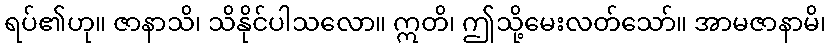
ရပ်၏ဟု။ ဇာနာသိ၊ သိနိုင်ပါသလော။ ဣတိ၊ ဤသို့မေးလတ်သော်။ အာမဇာနာမိ၊